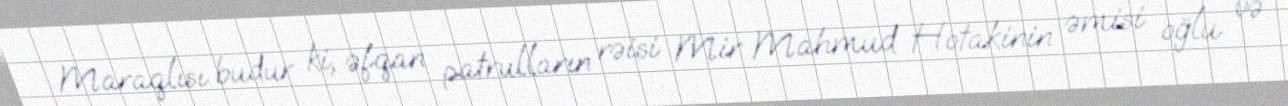
Maraqlısı budur ki, əfqan patrulların rəisi Mir Mahmud Hotakinin əmisi oğlu və